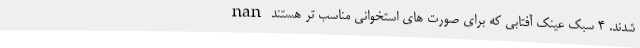
شدند. 4 سبک عینک آفتابی که برای صورت های استخوانی مناسب تر هستند nan